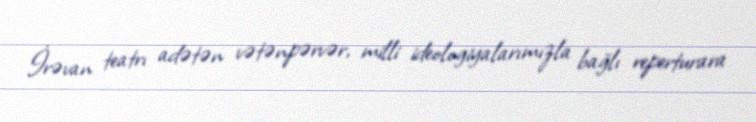
İrəvan teatrı adətən vətənpərvər, milli ideologiyalarımızla bağlı reperturara